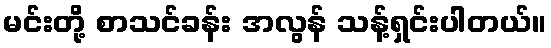
မင်းတို့ စာသင်ခန်း အလွန် သန့်ရှင်းပါတယ်။